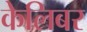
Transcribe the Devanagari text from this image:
केलिबर